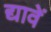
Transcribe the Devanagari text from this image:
द्यावें